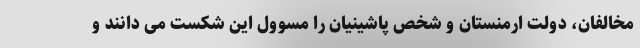
مخالفان، دولت ارمنستان و شخص پاشینیان را مسوول این شکست می دانند و